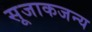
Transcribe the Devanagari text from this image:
सूजाकजन्य